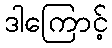
ဒါကြောင့်